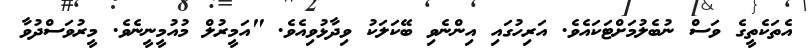
އެތަކެތީގެ ވަސް ނުބެލުމަށްޓަކައެވެ. އަރިހުގައި އިންނެވި ބޭކަލަކު ވިދާޅުވިއެވެ. "އަމީރުލް މުއުމީނީނެވެ. މީރުވަސްދުވާ